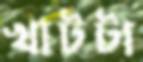
খাটটা